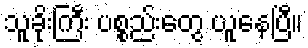
သူခိုးကြီး ပစ္စည်းတွေ ယူနေပြီ။